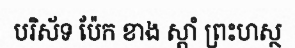
បរិស័ទ ប៉ែក ខាង ស្តាំ ព្រះហស្ថ